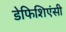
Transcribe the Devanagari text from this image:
डेफिशिएंसी